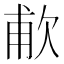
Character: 𬅤